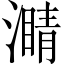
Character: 𤀜